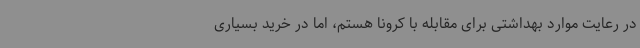
در رعایت موارد بهداشتی برای مقابله با کرونا هستم، اما در خرید بسیاری